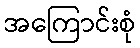
အကြောင်းစုံ